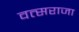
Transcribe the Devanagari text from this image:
वत्सराजा